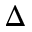
\Delta